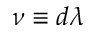
\nu \equiv d \lambda